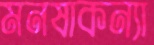
মনষাকন্যা